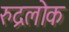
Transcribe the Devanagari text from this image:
रुद्रलोक